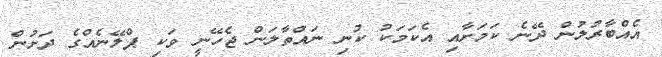
އެއްބާރުލުން ދޭނެ ކަމަށާއި އެކަމަކު ކުނި ނައްތާލަން ޖެހޭނީ ވަކި ޕްލޭނެއްގެ ދަށުން